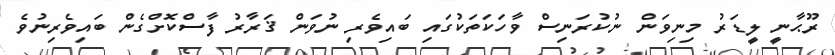
ރޫޙާނީ ލީޑަރު މިނިވަން ނުކުރަނިސް ވާހަކަތަކުގައި ބައިވެރި ނުވަން ޤަރާރު ފާސްކޮށްގެން ބައިވެރިނުވެ